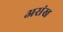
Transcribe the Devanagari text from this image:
असंख